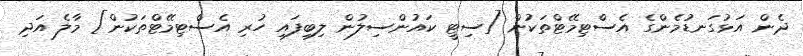
ދެން އަޅުގަނޑުމެންގެ އެސްޓިމޭޓްތަކުން [ސިޓީ ކައުންސިލުން ލިބިފައި ހުރި އެސްޓިމޭޓްތަކުން] މާލެ އަދި